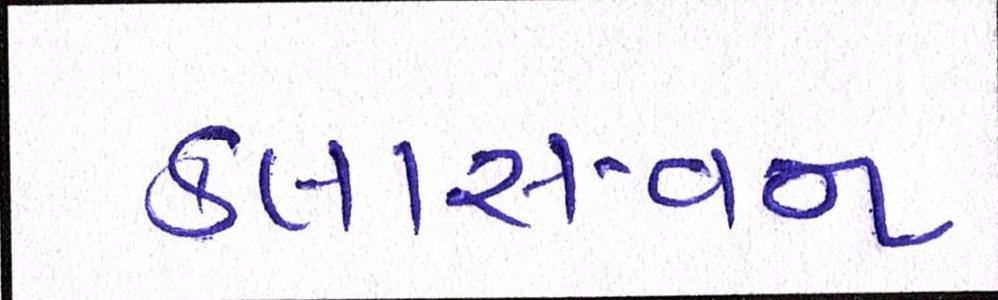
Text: કલાસ-વન